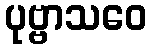
ပုဗ္ဗာသဝေ